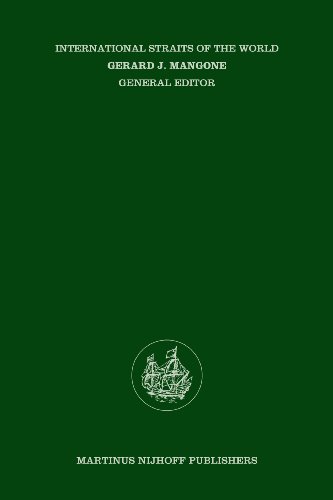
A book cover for The Northwest Passage: Arctic Straits (International Straits of the World); Donat Pharand; Law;